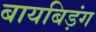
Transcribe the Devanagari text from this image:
बायबिड़ंग